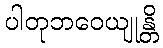
ပါတုဘဝေယျုန္တိ